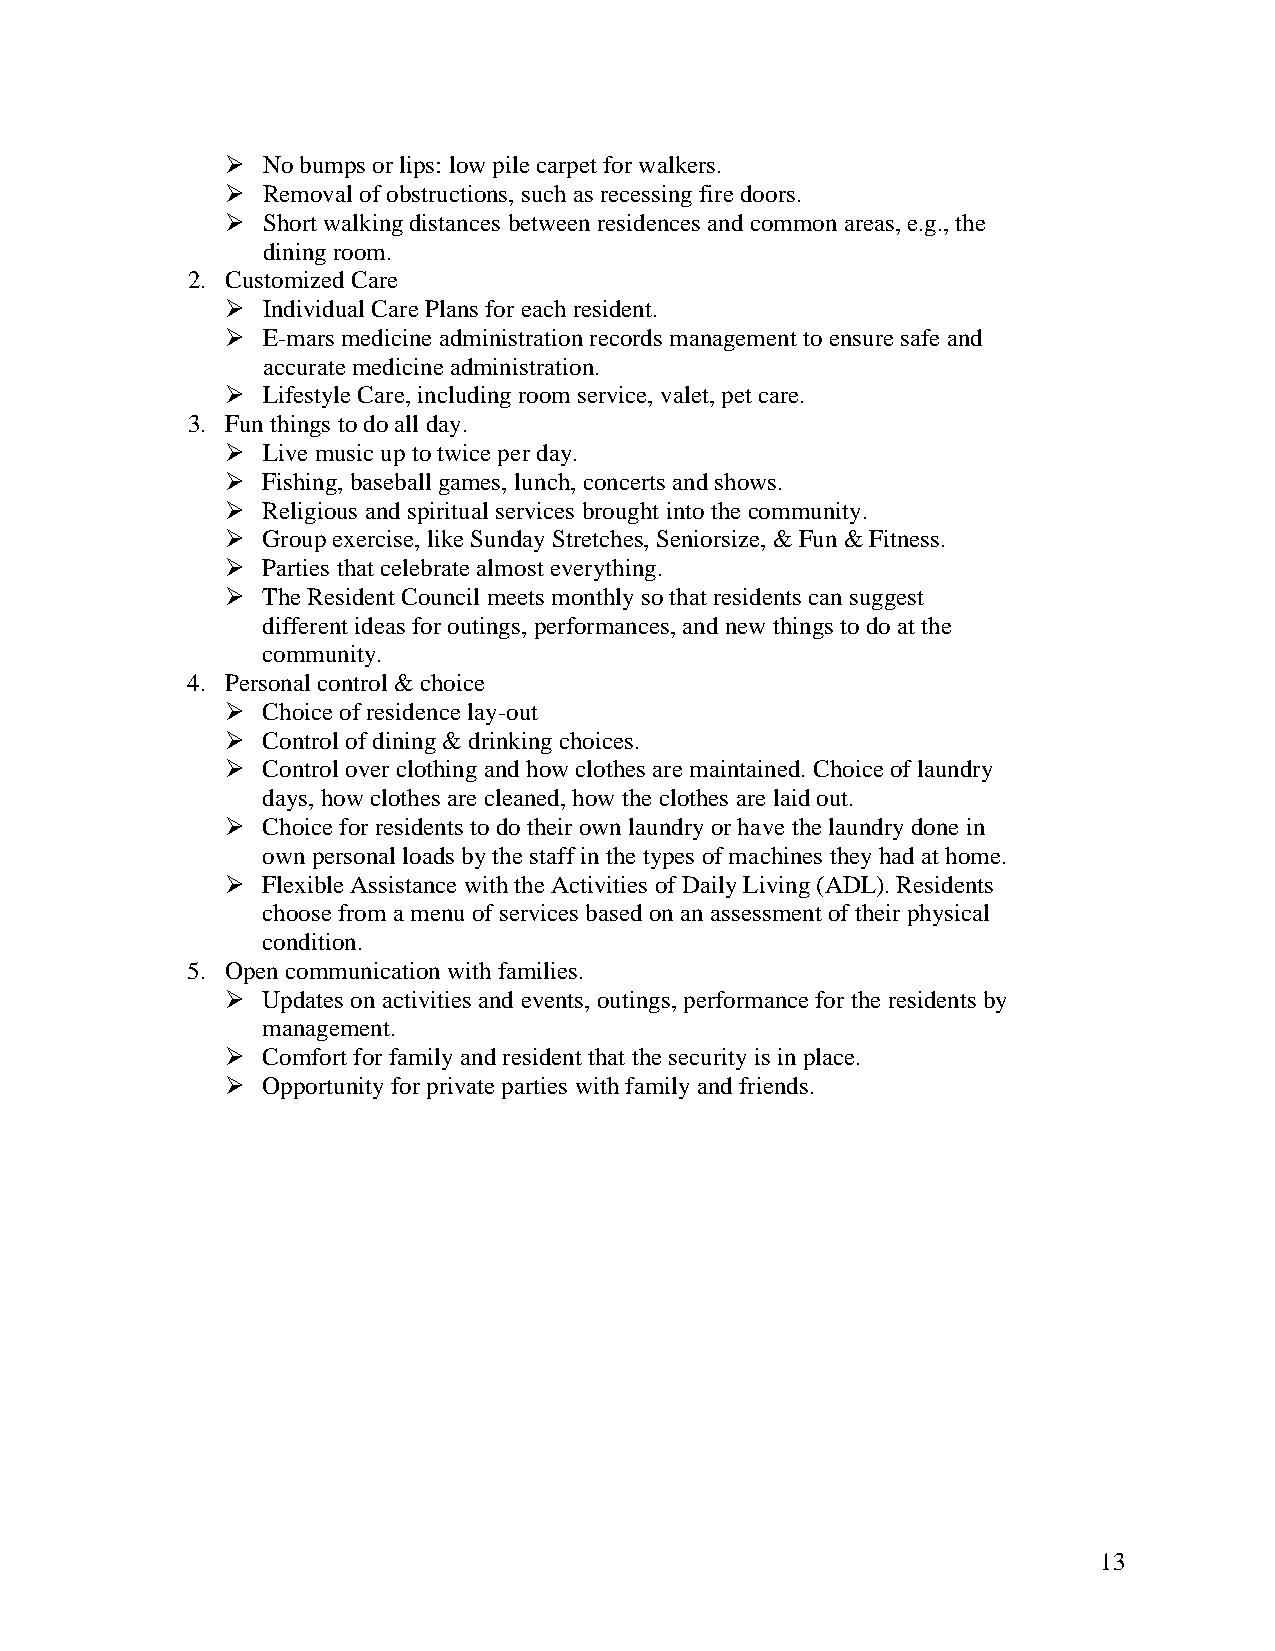
 No bumps or lips: low pile carpet for walkers.
  Removal of obstructions, such as recessing fire doors.
  Short walking distances between residences and common areas, e.g., the
 dining room.
 2. Customized Care
  Individual Care Plans for each resident.
  E-mars medicine administration records management to ensure safe and
 accurate medicine administration.
  Lifestyle Care, including room service, valet, pet care.
 3. Fun things to do all day.
  Live music up to twice per day.
  Fishing, baseball games, lunch, concerts and shows.
  Religious and spiritual services brought into the community.
  Group exercise, like Sunday Stretches, Seniorsize, & Fun & Fitness.
  Parties that celebrate almost everything.
  The Resident Council meets monthly so that residents can suggest
 different ideas for outings, performances, and new things to do at the
 community.
 4. Personal control & choice
  Choice of residence lay-out
  Control of dining & drinking choices.
  Control over clothing and how clothes are maintained. Choice of laundry
 days, how clothes are cleaned, how the clothes are laid out.
  Choice for residents to do their own laundry or have the laundry done in
 own personal loads by the staff in the types of machines they had at home.
  Flexible Assistance with the Activities of Daily Living (ADL). Residents
 choose from a menu of services based on an assessment of their physical
 condition.
 5. Open communication with families.
  Updates on activities and events, outings, performance for the residents by
 management.
  Comfort for family and resident that the security is in place.
  Opportunity for private parties with family and friends.
 13